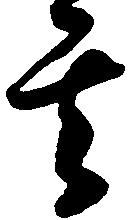
其